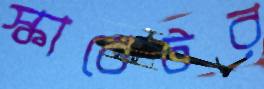
স্কাবেটর